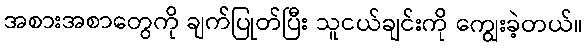
အစားအစာတွေကို ချက်ပြုတ်ပြီး သူငယ်ချင်းကို ကျွေးခဲ့တယ်။